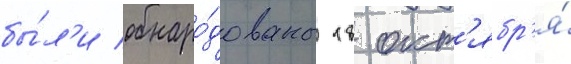
бы́л'и обнаро́дованы 18 окт'ябр'я́